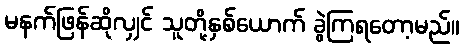
မနက်ဖြန်ဆိုလျှင် သူတို့နှစ်ယောက် ခွဲကြရတော့မည်။